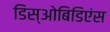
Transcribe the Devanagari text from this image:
डिस्‌ओबिडिएंस